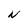
Character: N